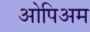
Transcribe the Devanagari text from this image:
ओपिअम